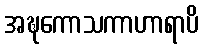
အဍ္ဎကောသကာဟာရာပိ